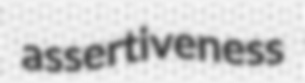
assertiveness